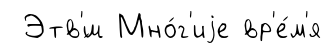
Этв'́ш Мно́г'иjе вр'е́м'я